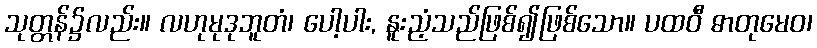
သုတ္တန်၌လည်း။ လဟုမုဒုဘူတံ၊ ပေါ့ပါး, နူးညံ့သည်ဖြစ်၍ဖြစ်သော။ ပထဝီ ဓာတုမေဝ၊